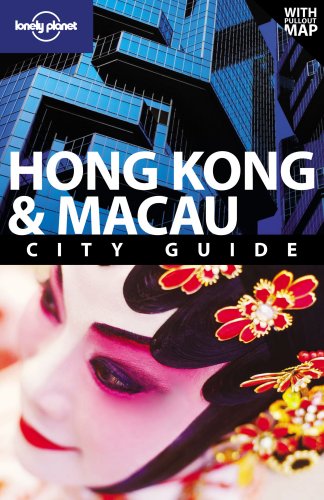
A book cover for Hong Kong & Macau (City Travel Guide); Andrew Stone; Travel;